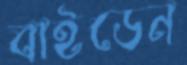
বাইডেন